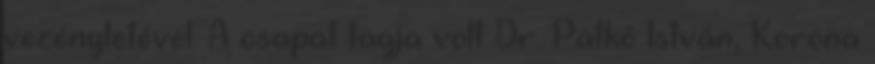
vezényletével. A csapat tagja volt Dr. Patkó István, Korona